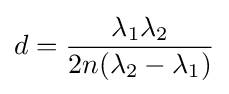
d={\frac {\lambda _{1}\lambda _{2}}{2n(\lambda _{2}-\lambda _{1})}}